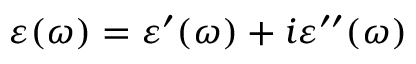
\varepsilon ( \omega ) = \varepsilon ^ { \prime } ( \omega ) + i \varepsilon ^ { \prime \prime } ( \omega )